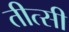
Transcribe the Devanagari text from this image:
तीत्सी